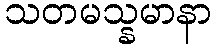
သတမသ္နမာနာ